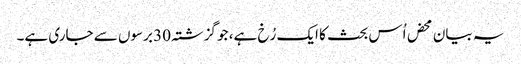
یہ بیان محض اُس بحث کا ایک رُخ ہے، جو گزشتہ 30 برسوں سے جاری ہے۔